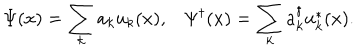
\Psi ( x ) = \sum _ { k } a _ { k } u _ { k } ( x ) , \Psi ^ { \dagger } ( x ) = \sum _ { k } a _ { k } ^ { \dagger } u _ { k } ^ { * } ( x ) .